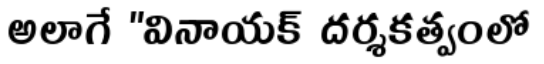
అలాగే "వినాయక్ దర్శకత్వంలో